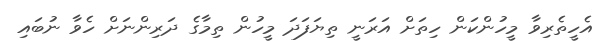
އެހީތެރިވާ މީހުންކަން ހިތަށް އަރަނީ ތިޔަފަދަ މީހުން ތިމާގެ ދަރިންނަށް ހެވާ ނުބައި